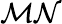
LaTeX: \mathcal{MN}